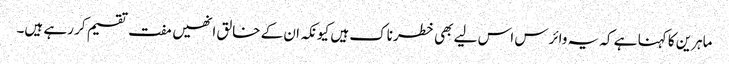
ماہرین کا کہنا ہے کہ یہ وائرس اس لیے بھی خطرناک ہیں کیونکہ ان کے خالق انھیں مفت تقسیم کر رہے ہیں۔